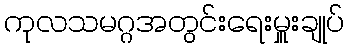
ကုလသမဂ္ဂအတွင်းရေးမှူးချုပ်